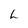
Character: L